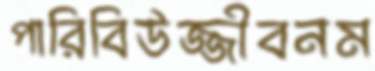
পারিবিউজ্জীবনম